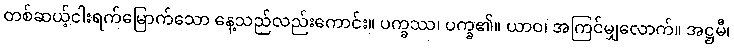
တစ်ဆယ့်ငါးရက်မြောက်သော နေ့သည်လည်းကောင်း။ ပက္ခဿ၊ ပက္ခ၏။ ယာဝ၊ အကြင်မျှလောက်။ အဋ္ဌမီ၊